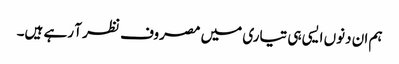
ہم ان دنوں ایسی ہی تیاری میں مصروف نظر آ رہے ہیں۔